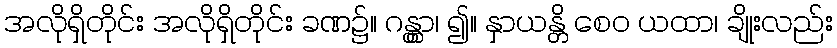
အလိုရှိတိုင်း အလိုရှိတိုင်း ခဏ၌။ ဂန္တွာ၊ ၍။ နှာယန္တိ စေဝ ယထာ၊ ချိုးလည်း